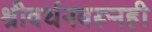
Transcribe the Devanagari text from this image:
श्रीवर्धनवरूनही